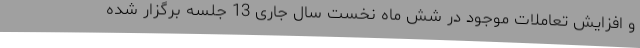
و افزایش تعاملات موجود در شش ماه نخست سال جاری 13 جلسه برگزار شده